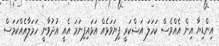
އިންޑިޔާ އިން އެއްވެސް ކަހަލަ އަޝްކަރީ ފިޔަވަޅެއް އަޅައިފިނަމަ އެއީ އުދުވާނީ ހަމަލާއެއްކަމަސް